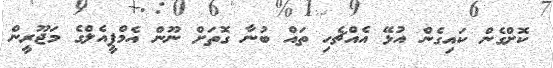
ކޮށްގެން ކައިގެން އުޅޭ އެއްޗެހި ތައް ބުނާ ގޮތަށް ނޫން އެމްޕީއެލްގެ މަޖޫރީން